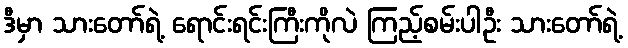
ဒီမှာ သားတော်ရဲ့ ရောင်းရင်းကြီးကိုလဲ ကြည့်စမ်းပါဦး သားတော်ရဲ့